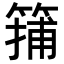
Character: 𥱴